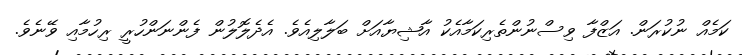
ކަމެއް ނުކުރަން. އަޒްފާ ވިސްނުންތެރިކަމާއެކު އާޝިޔާއަށް ބަލާލިއެވެ. އެދެލޮލުން ފެންނަންހުރީ ރިހުމާއި ވޭނެވެ.